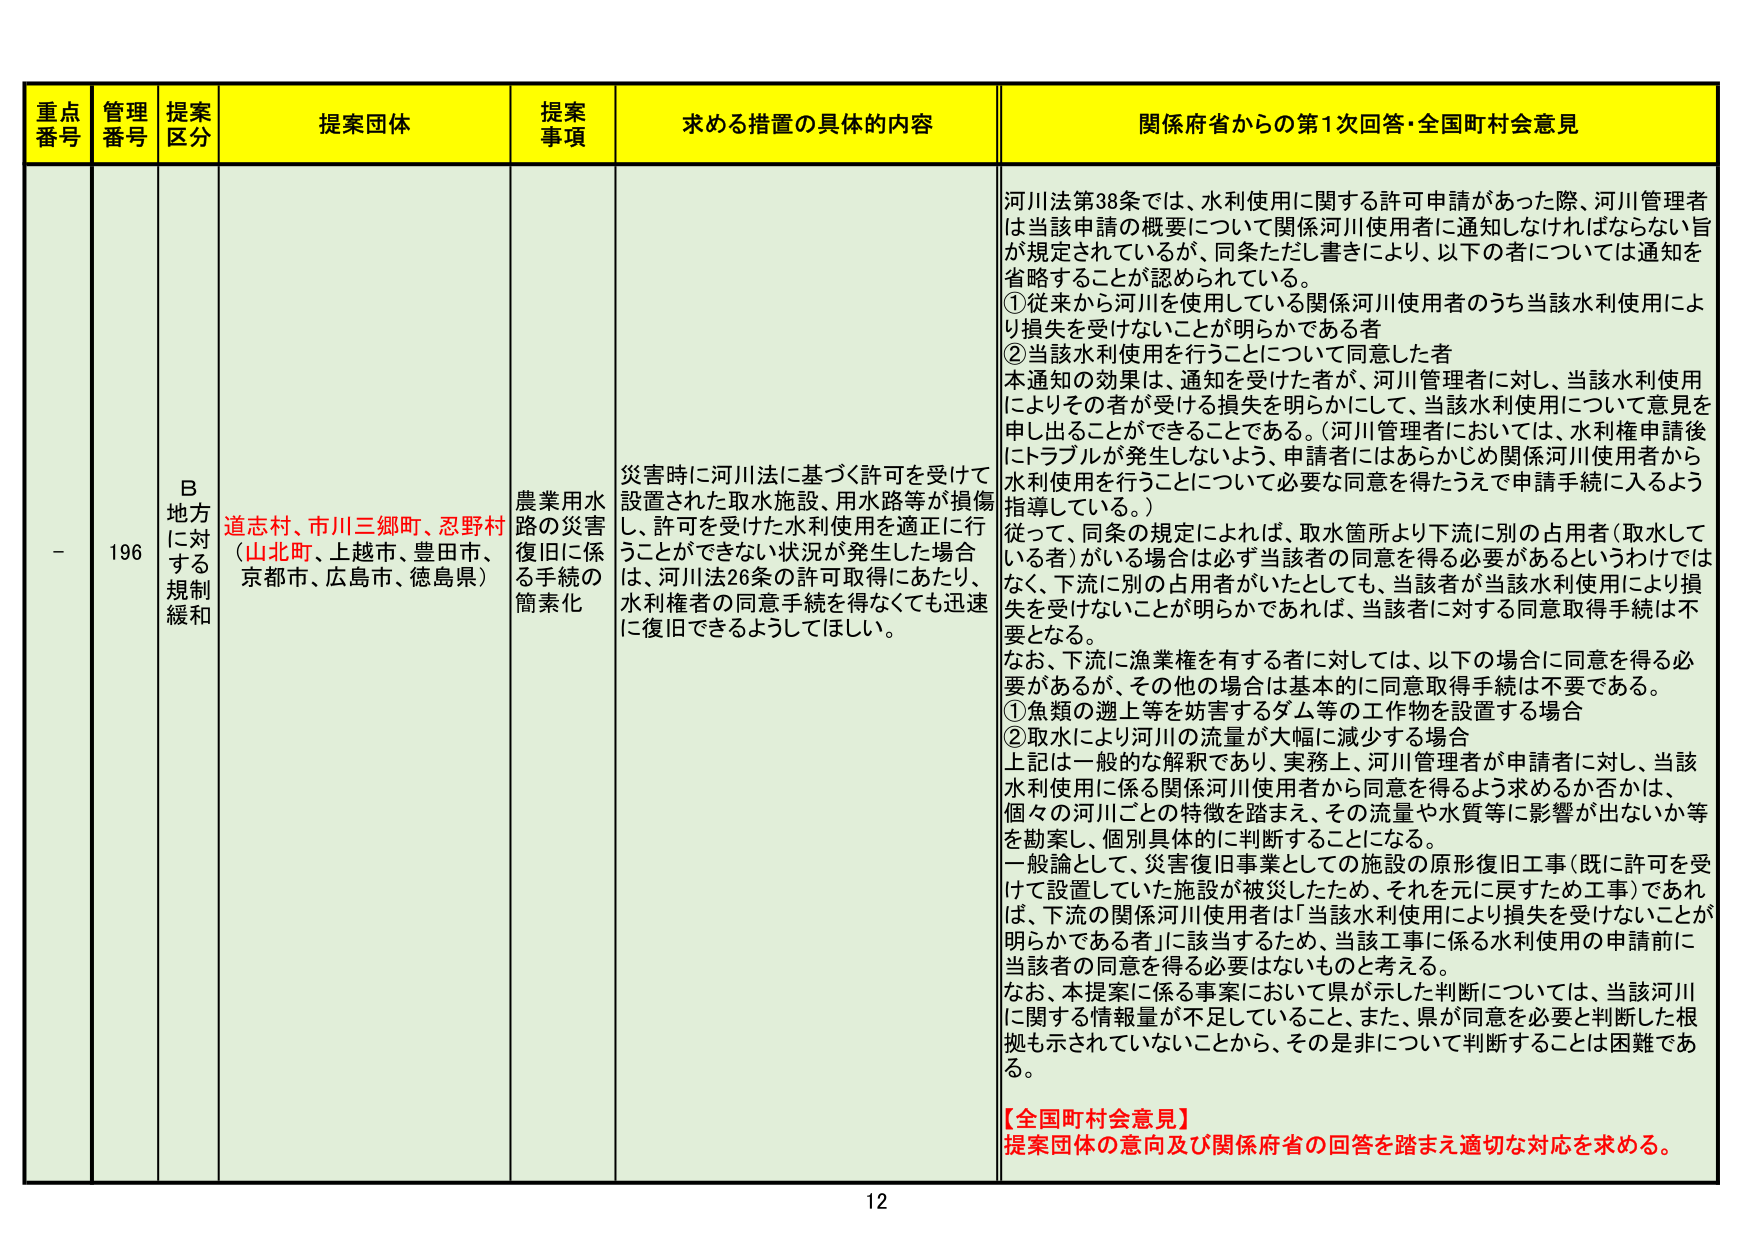
重点番号 管理番号 提案区分 提案団体 提案事項 求める措置の具体的な内容 関係府省からの第1次回答・全国町村会意見
- 196 B 地方に対する規制緩和 道志村、市川三郷町、忍野村（山北町、上越市、豊田市、京都市、広島市、徳島県） 農業用水路の災害復旧に係る手続の簡素化 災害時に河川法に基づく許可を受けて設置された取水施設、用水路等が損傷し、許可を受けた水利使用を適正に行うことができない状況が発生した場合は、河川法26条の許可取得にあたり、水利権者の同意手続を得なくても迅速に復旧できるようしてほしい。 河川法第38条では、水利使用に関する許可申請があった際、河川管理者は当該申請の概要について関係河川使用者に通知しなければならない旨が規定されているが、同条ただし書きにより、以下の者については通知を省略することが認められている。 ①従来から河川を使用している関係河川使用者のうち当該水利使用により損失を受けないことが明らかである者 ②当該水利使用を行うことについて同意した者 本通知の効果は、通知を受けた者が、河川管理者に対し、当該水利使用によりその者が受ける損失を明らかにして、当該水利使用について意見を申し出ることができることである。（河川管理者においては、水利権申請後にトラブルが発生しないよう、申請者にはあらかじめ関係河川使用者から水利使用を行うことについて必要な同意を得たうえで申請手続に入るよう指導している。） 従って、同条の規定によれば、取水箇所より下流に別の占用者（取水している者）がいる場合は必ず当該者の同意を得る必要があるというわけではなく、下流に別の占用者がいたとしても、当該者が当該水利使用により損失を受けないことが明らかであれば、当該者に対する同意取得手続は不要となる。 なお、下流に漁業権を有する者に対しては、以下の場合に同意を得る必要があるが、その他の場合は基本的に同意取得手続は不要である。 ①魚類の遡上等を妨害するダム等の工作物を設置する場合 ②取水により河川の流量が大幅に減少する場合 上記は一般的な解釈であり、実務上、河川管理者が申請者に対し、当該水利使用に係る関係河川使用者から同意を得るよう求めるか否かは、個々の河川ごとの特徴を踏まえ、その流量や水質等に影響が出ないか等を勘案し、個別具体的に判断することになる。 一般論として、災害復旧事業としての施設の原形復旧工事（既に許可を受けて設置していた施設が被災したため、それを元に戻すため工事）であれば、下流の関係河川使用者は「当該水利使用により損失を受けないことが明らかである者」に該当するため、当該工事に係る水利使用の申請前に当該者の同意を得る必要はないものと考える。 なお、本提案に係る事案において県が示した判断については、当該河川に関する情報量が不足していること、また、県が同意を必要と判断した根拠も示されていないことから、その是非について判断することは困難である。 【全国町村会意見】 提案団体の意向及び関係府省の回答を踏まえ適切な対応を求める。 12